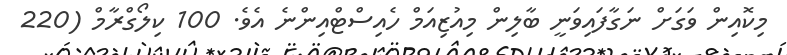
މިކޮއިން ވަގަށް ނަގާފައިވަނީ ބާލިން މިއުޒިއަމް ހެއިސްޓްއިންނެ އެވެ. 100 ކިލޯގްރާމް (220